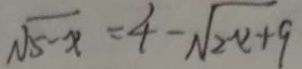
\sqrt { 5 - x } = 4 - \sqrt { 2 x + 9 }